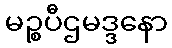
မဉ္စပီဌမဒ္ဒနော